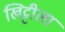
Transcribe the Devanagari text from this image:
खिट्टीला